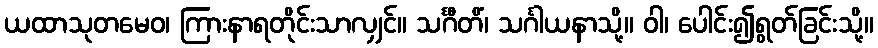
ယထာသုတမေဝ၊ ကြားနာရတိုင်းသာလျှင်။ သင်္ဂီတိံ၊ သင်္ဂါယနာသို့။ ဝါ၊ ပေါင်း၍ရွတ်ခြင်းသို့။